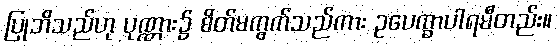
ပြုဘိသည်ဟု ပုဏ္ဏား၌ စိတ်မကွက်သည်ကား ဥပေက္ခာပါရမီတည်း။